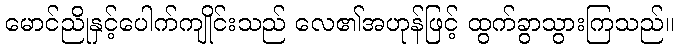
မောင်ညိုနှင့်ပေါက်ကျိုင်းသည် လေ၏အဟုန်ဖြင့် ထွက်ခွာသွားကြသည်။